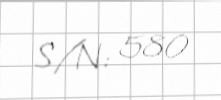
S/N: 580